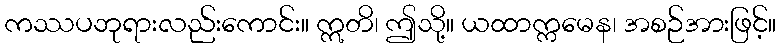
ကဿပဘုရားလည်းကောင်း။ ဣတိ၊ ဤသို့။ ယထာက္ကမေန၊ အစဉ်အားဖြင့်။